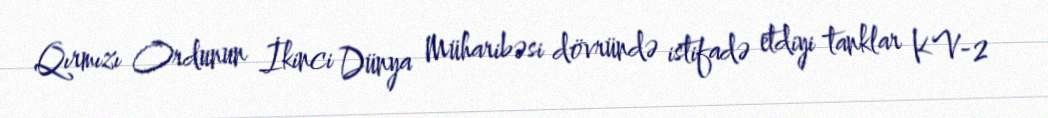
Qırmızı Ordunun İkinci Dünya Müharibəsi dövründə istifadə etdiyi tanklar KV-2